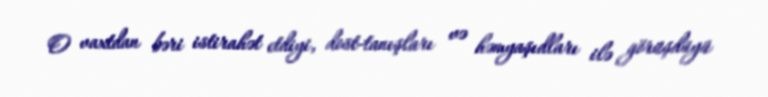
O vaxtdan bəri istirahət etdiyi, dost-tanışları və həmyaşıdları ilə görüşdüyü